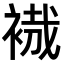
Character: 𧚶